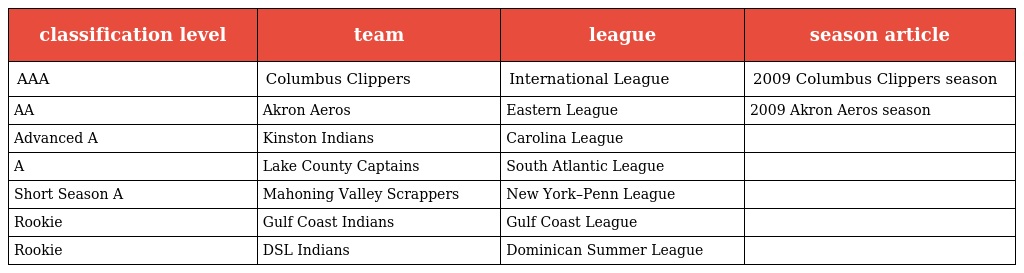
| classification level | team | league | season article |
 | --- | --- | --- | --- |
 | AAA | Columbus Clippers | International League | 2009 Columbus Clippers season |
 | AA | Akron Aeros | Eastern League | 2009 Akron Aeros season |
 | Advanced A | Kinston Indians | Carolina League |  |
 | A | Lake County Captains | South Atlantic League |  |
 | Short Season A | Mahoning Valley Scrappers | New York–Penn League |  |
 | Rookie | Gulf Coast Indians | Gulf Coast League |  |
 | Rookie | DSL Indians | Dominican Summer League |  |